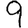
Digit: 9